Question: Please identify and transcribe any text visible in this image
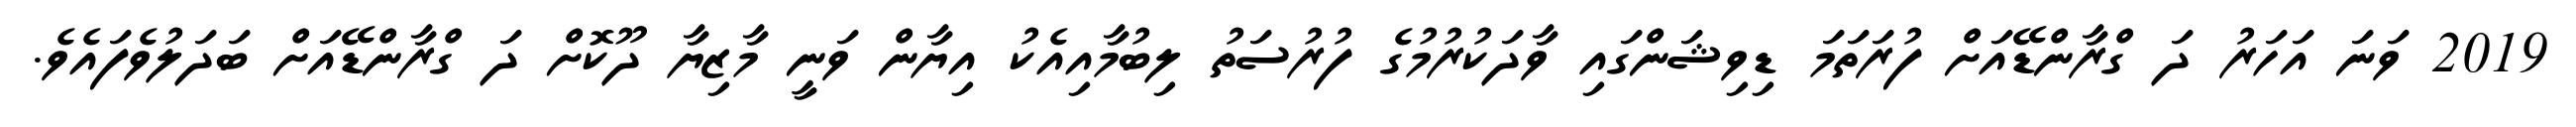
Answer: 2019 ވަނަ އަހަރު ދަ ގްރާންޑޭއަށް ފުރަތަމަ ޑިވިޝަންގައި ވާދަކުރުމުގެ ފުރުސަތު ލިބުމާއިއެކު އިޔާން ވަނީ މާޒިޔާ ދޫކޮށް ދަ ގްރާންޑޭއަށް ބަދަލުވެފައެވެ.